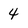
Character: 4